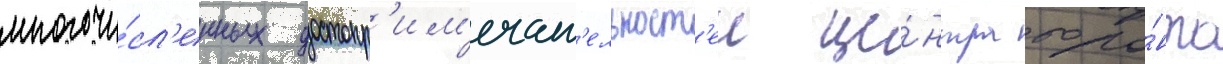
многочи́сл'енных достопр'им'ечат'ельност'еи це́нтра торо́нто